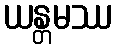
ယန္တမဿ